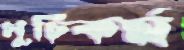
সুচিকর্ম